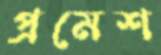
প্রমেশ